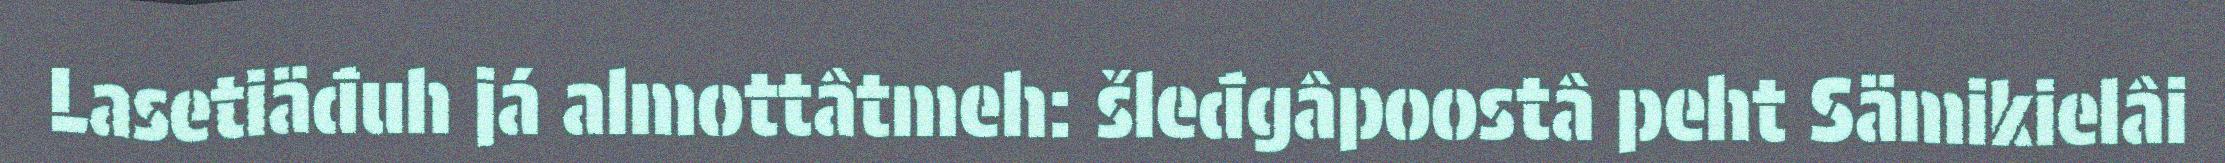
Lasetiäđuh já almottâtmeh: šleđgâpoostâ peht Sämikielâi